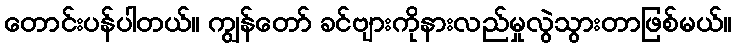
တောင်းပန်ပါတယ်။ ကျွန်တော် ခင်ဗျားကိုနားလည်မှုလွဲသွားတာဖြစ်မယ်။